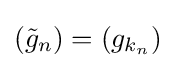
({\tilde {g}}_{n})=(g_{k_{n}})